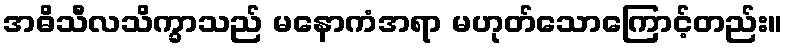
အဓိသီလသိက္ခာသည် မနောကံအရာ မဟုတ်သောကြောင့်တည်း။